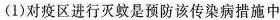
(1)对疫区进行灭蚊是预防该传染病措施中